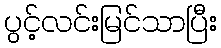
ပွင့်လင်းမြင်သာပြီး